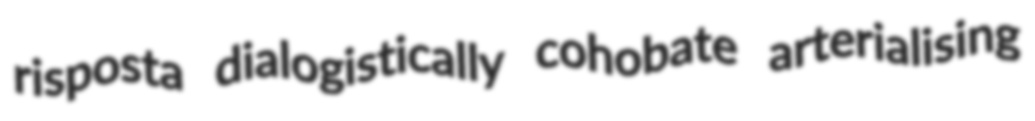
risposta dialogistically cohobate arterialising